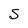
Character: S